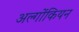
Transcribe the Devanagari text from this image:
अल्गोंकियन